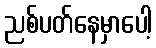
ညစ်ပတ်နေမှာပေါ့